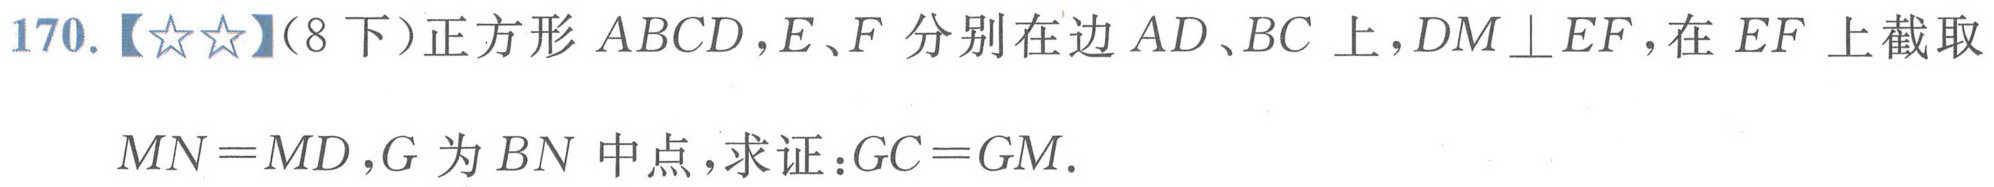
170.【☆☆】(8下)正方形 \(ABCD\)，\(E、F\) 分别在边 \(AD、BC\) 上，\(DM\perp EF\)，在 \(EF\) 上截取 \(MN = MD\)，\(G\) 为 \(BN\) 中点，求证：\(GC = GM\).